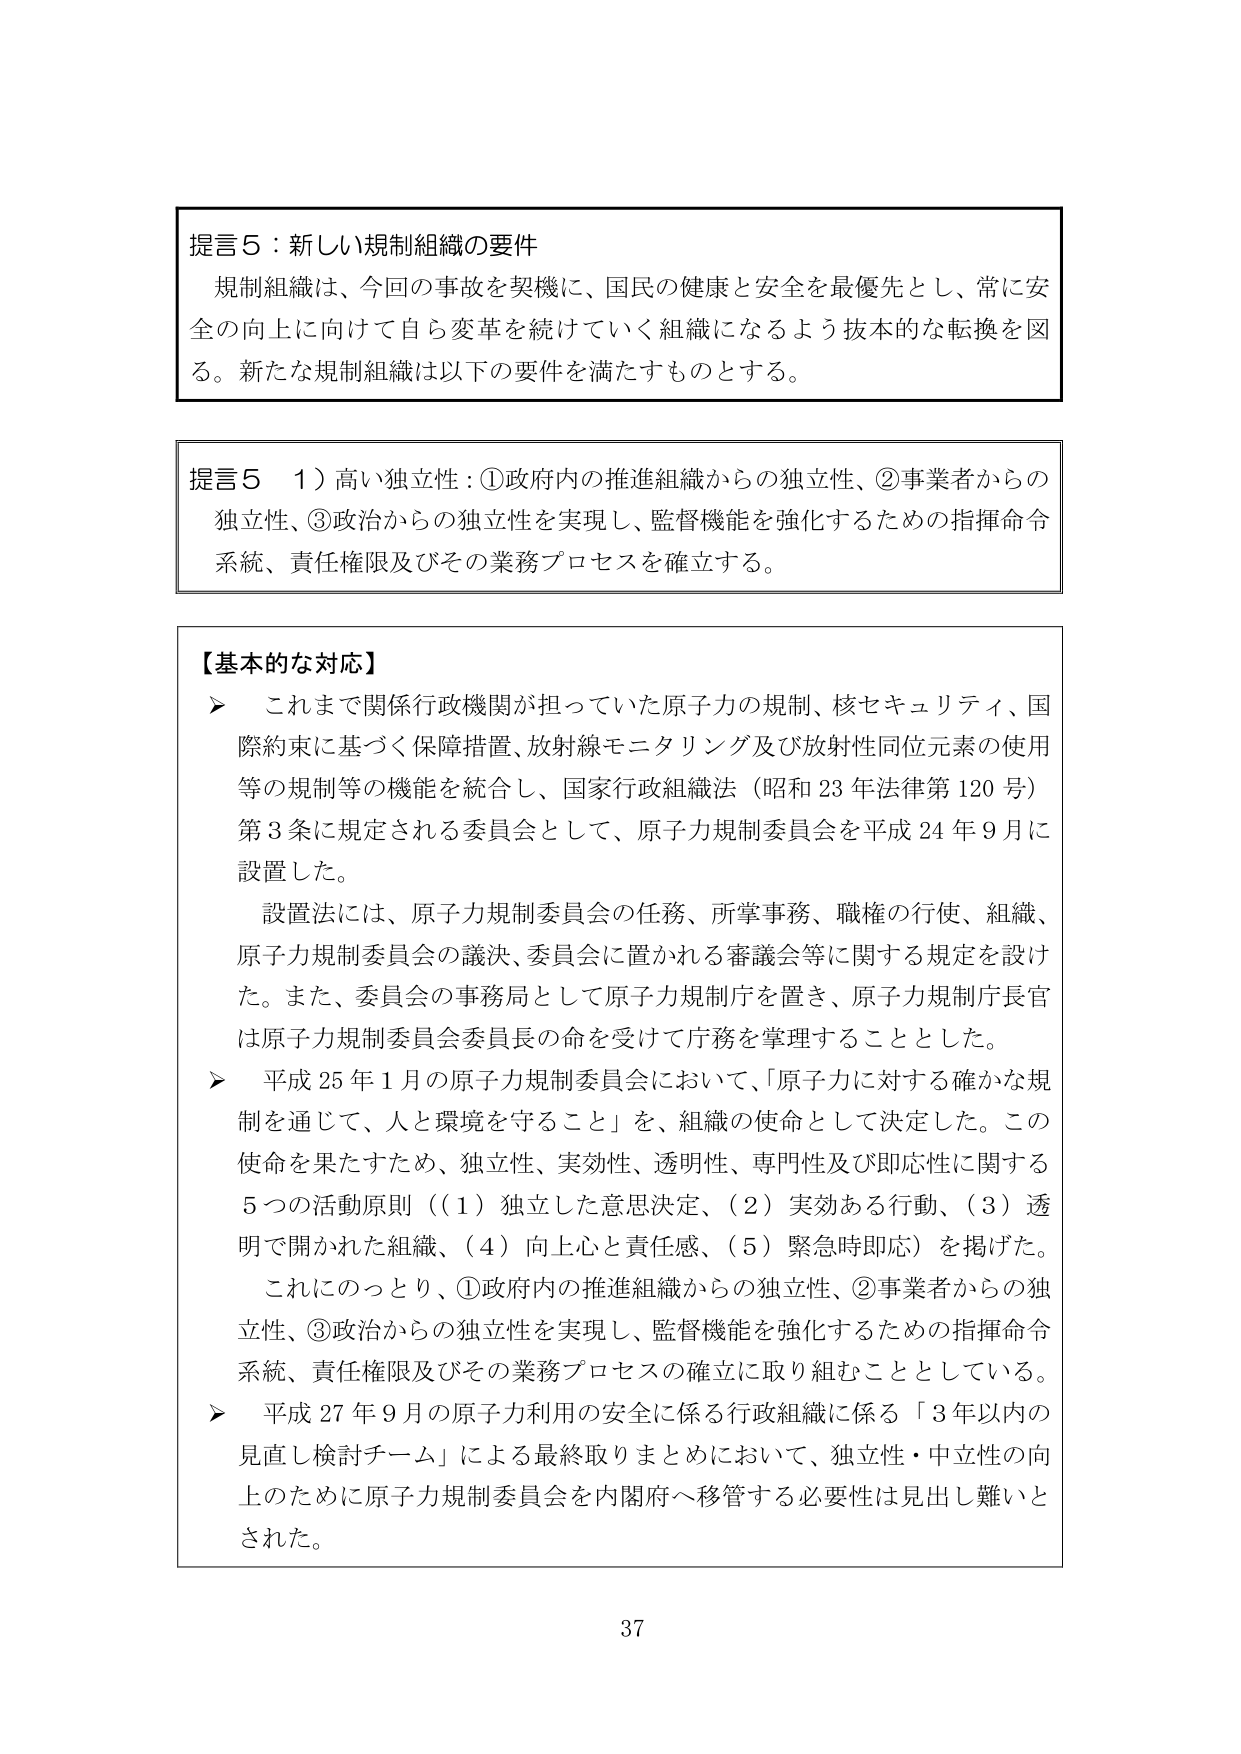
提言５：新しい規制組織の要件
規制組織は、今回の事故を契機に、国民の健康と安全を最優先とし、常に安全の向上に向けて自ら変革を続けていく組織になるよう抜本的な転換を図る。新たな規制組織は以下の要件を満たすものとする。

提言５　１）高い独立性：①政府内の推進組織からの独立性、②事業者からの独立性、③政治からの独立性を実現し、監督機能を強化するための指揮命令系統、責任権限及びその業務プロセスを確立する。

【基本的な対応】
➤　これまで関係行政機関が担っていた原子力の規制、核セキュリティ、国際約束に基づく保障措置、放射線モニタリング及び放射性同位元素の使用等の規制等の機能を統合し、国家行政組織法（昭和23年法律第120号）第3条に規定される委員会として、原子力規制委員会を平成24年9月に設置した。
　　設置法には、原子力規制委員会の任務、所掌事務、職権の行使、組織、原子力規制委員会の議決、委員会に置かれる審議会等に関する規定を設けた。また、委員会の事務局として原子力規制庁を置き、原子力規制庁長官は原子力規制委員会委員長の命を受けて庁務を掌理することとした。
➤　平成25年1月の原子力規制委員会において、「原子力に対する確かな規制を通じて、人と環境を守ること」を、組織の使命として決定した。この使命を果たすため、独立性、実効性、透明性、専門性及び即応性に関する5つの活動原則（（1）独立した意思決定、（2）実効ある行動、（3）透明で開かれた組織、（4）向上心と責任感、（5）緊急時即応）を掲げた。
　　これにのっとり、①政府内の推進組織からの独立性、②事業者からの独立性、③政治からの独立性を実現し、監督機能を強化するための指揮命令系統、責任権限及びその業務プロセスの確立に取り組むこととしている。
➤　平成27年9月の原子力利用の安全に係る行政組織に係る「3年以内の見直し検討チーム」による最終取りまとめにおいて、独立性・中立性の向上のために原子力規制委員会を内閣府へ移管する必要性は見出し難いとされた。

37